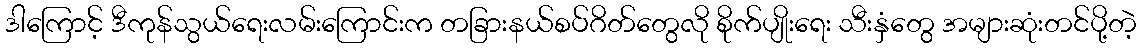
ဒါကြောင့် ဒီကုန်သွယ်ရေးလမ်းကြောင်းက တခြားနယ်စပ်ဂိတ်တွေလို စိုက်ပျိုးရေး သီးနှံတွေ အများဆုံးတင်ပို့တဲ့